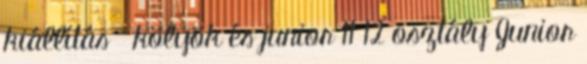
kiállítás kölyök és junior 11 12 osztály Junior